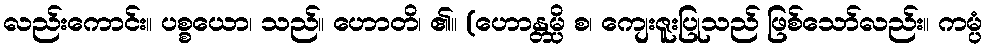
လည်းကောင်း။ ပစ္စယော၊ သည်။ ဟောတိ၊ ၏။ (ဟောန္တမ္ပိ စ၊ ကျေးဇူးပြုသည် ဖြစ်သော်လည်း။ ကမ္ပံ